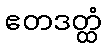
ဧတဒတ္ထံ